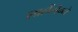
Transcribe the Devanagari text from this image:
शार्लेमैग्ने